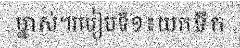
ម្នាស់។របៀបទី១៖យកទឹក